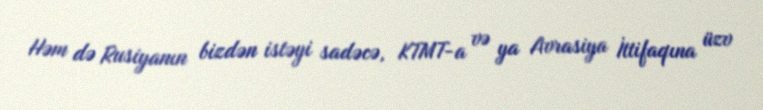
Həm də Rusiyanın bizdən istəyi sadəcə, KTMT-a və ya Avrasiya İttifaqına üzv